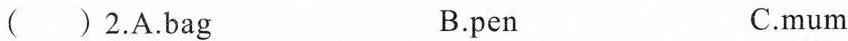
( )2.A.Bag B.pen C.mum ( )